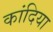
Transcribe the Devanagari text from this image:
कांदिया